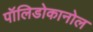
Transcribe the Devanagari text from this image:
पॉलिडोकानोल